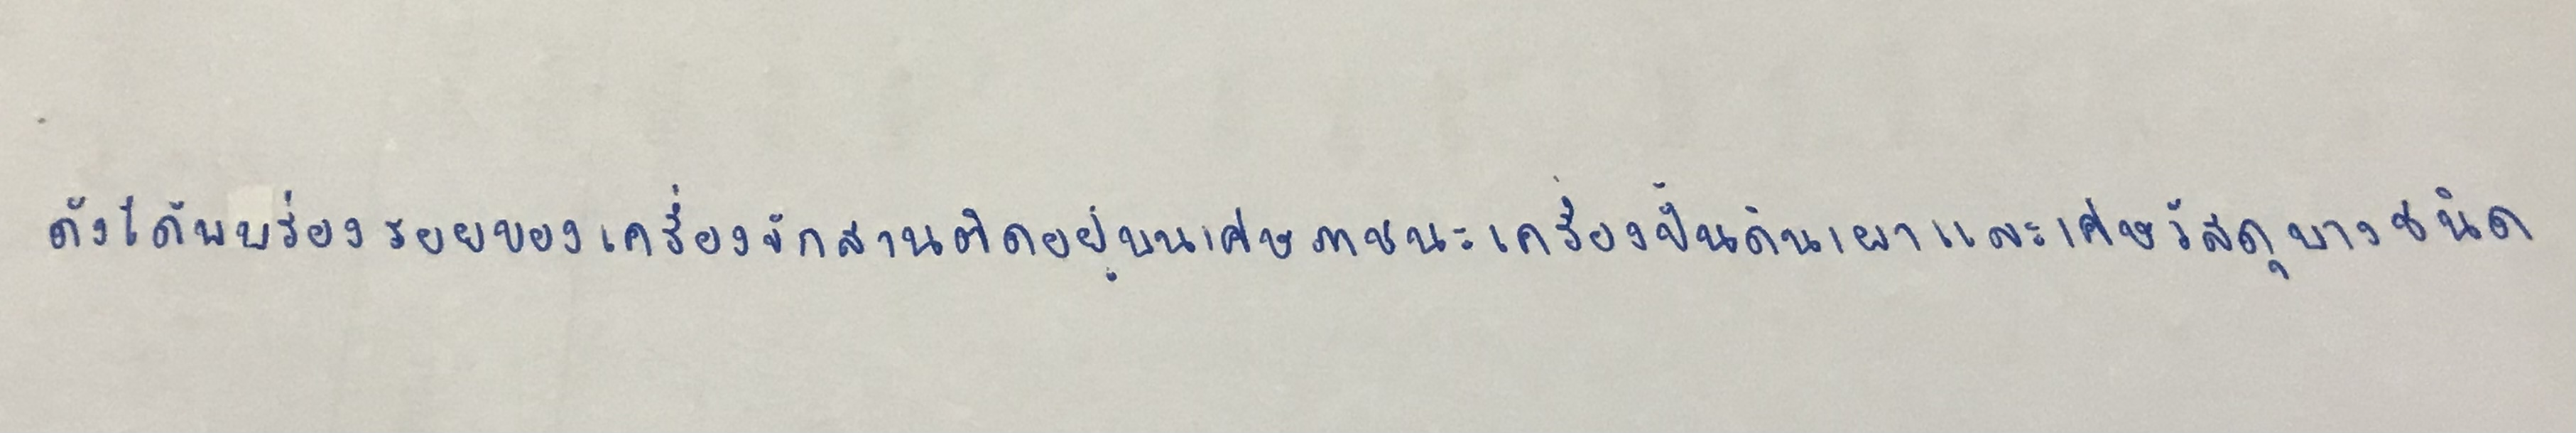
ดังได้พบร่องรอยของเครื่องจักสานติดอยู่บนเศษภาชนะเครื่องปั้นดินเผาและเศษวัสดุบางชนิด